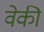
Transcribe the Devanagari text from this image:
वेकी